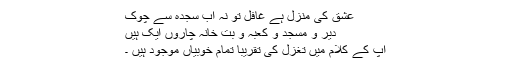
عشق کی منزل ہے غافل تو نہ اب سجدہ سے چوک
دیر و مسجد و کعبہ و بت خانہ چاروں ایک ہیں
آپ کے کلام میں تغزل کی تقریباًٍ تمام خوبیاں موجود ہیں ۔